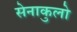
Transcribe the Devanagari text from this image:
सेनाकुलो